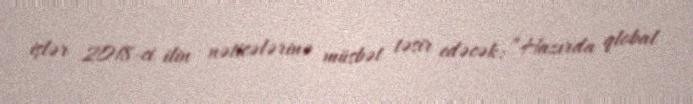
işlər 2018-ci ilin nəticələrinə müsbət təsir edəcək: “Hazırda qlobal